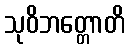
သုဝိဘတ္တောတိ